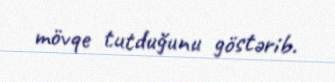
mövqe tutduğunu göstərib.